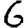
Digit: 6